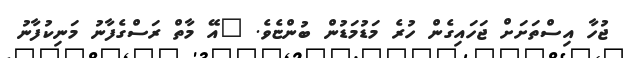
ޖުހާ އިސްތަށަށް ޖަހައިގެން ހުރެ މަޑުމަޑުން ބުންޏެވެ. "އޭ މާތް ރަސްގެފާނު މަނިކުފާނު